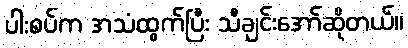
ပါးစပ်က အသံထွက်ပြီး သီချင်းအော်ဆိုတယ်။